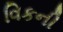
વિકની